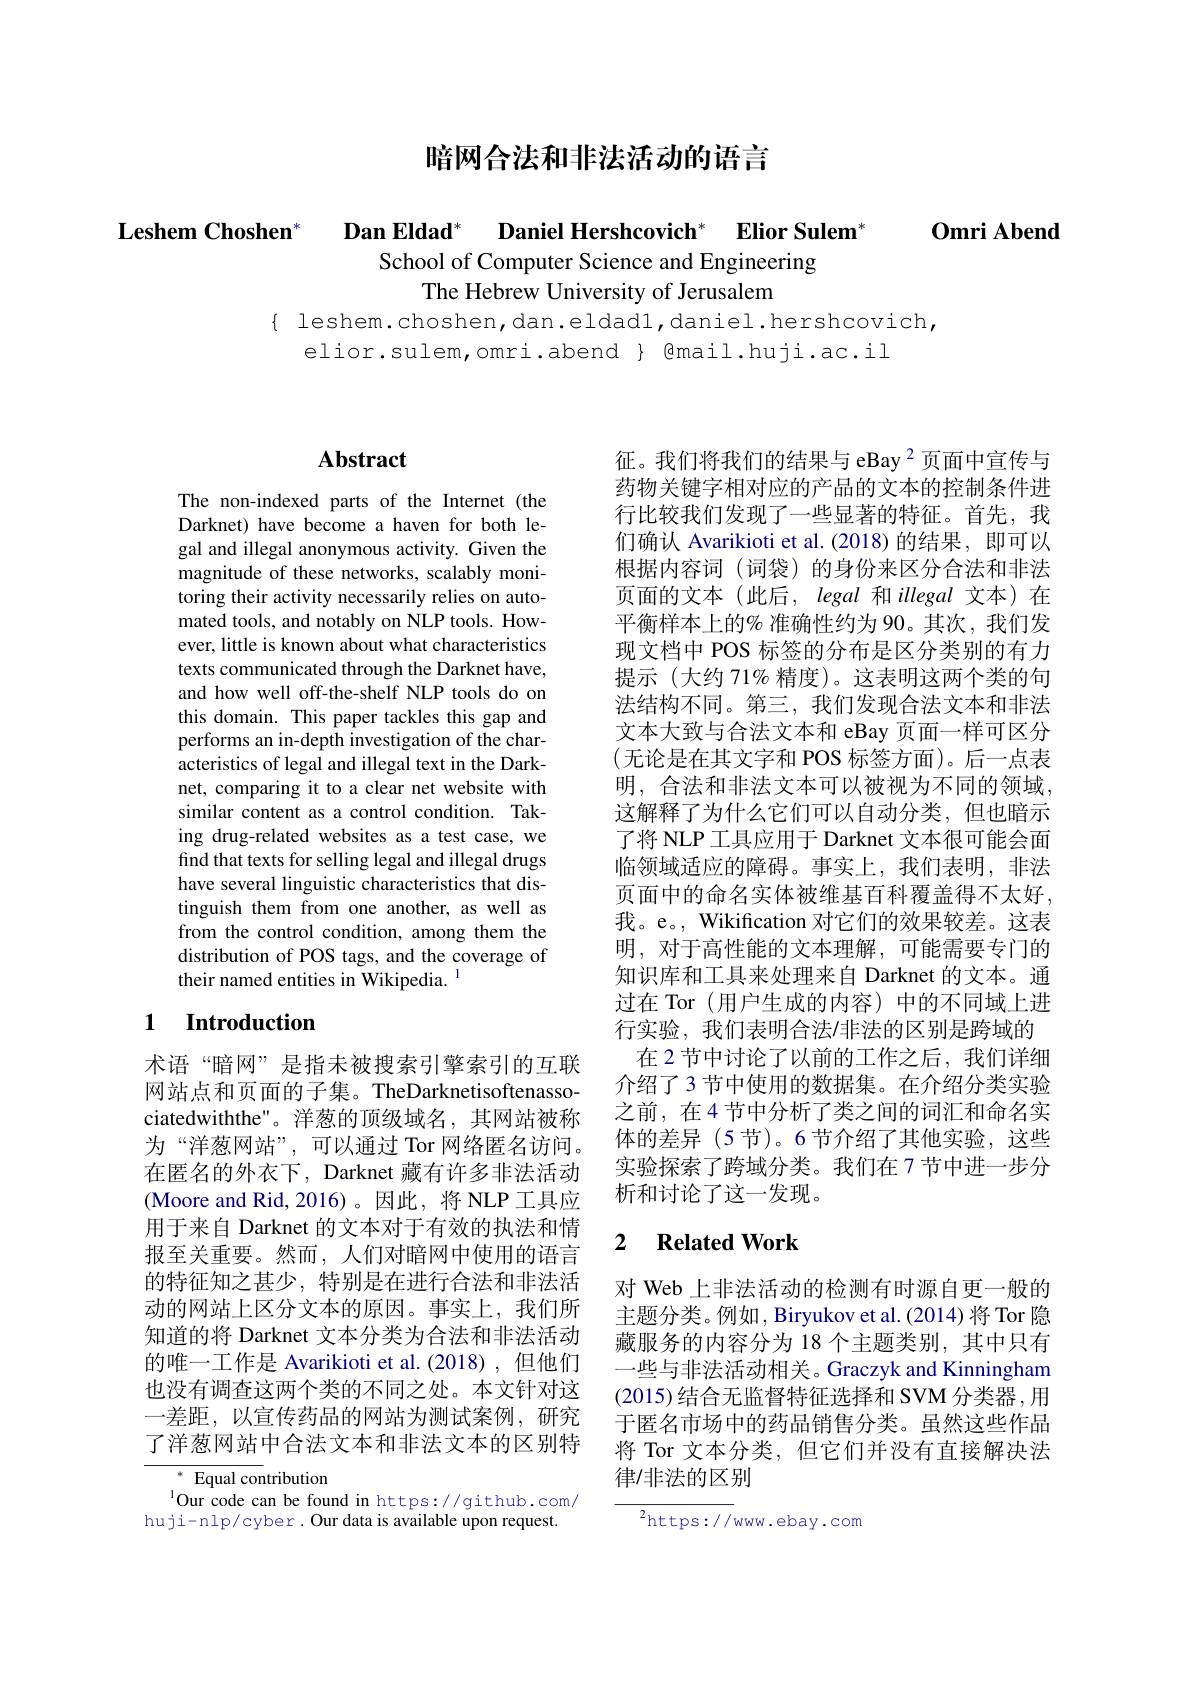
暗网合法和非法活动的语言

School of Computer Science and Engineering
The Hebrew University of Jerusalem

$\{$ leshem.choshen,dan.eldad1,daniel.hershcovich,
elior.sulem,omri.abend} Bmail.huji.ac.il

Leshem Choshen$^*$ $\textbf{Dan Eldad}^*$ $\textbf{Daniel Hershcovich}^*$ $\textbf{Elior Sulem}^*$ $\textbf{Omri Abend}$

## $\mathbf{Abstract}$

The non-indexed parts of the Internet (the Darknet) have become a haven for both legal and illegal anonymous activity. Given the magnitude of these networks, scalably monitoring their activity necessarily relies on automated tools, and notably on NLP tools. However, little is known about what characteristics texts communicated through the Darknet have, and how well off-the-shelf NLP tools do on this domain. This paper tackles this gap and performs an in-depth investigation of the characteristics of legal and illegal text in the Darknet, comparing it to a clear net website with similar content as a control condition. Taking drug-related websites as a test case, we find that texts for selling legal and illegal drugs have several linguistic characteristics that distinguish them from one another, as well as from the control condition, among them the distribution of POS tags, and the coverage of their named entities in Wikipedia. $^{1}$

### 1 Introduction

术语“暗网”是指未被搜索引擎索引的互联网站点和页面的子集。TheDarknetisoftenassociatedwiththe"。洋葱的顶级域名，其网站被称为“洋葱网站”,可以通过 Tor 网络匿名访问。在匿名的外衣下，Darknet 藏有许多非法活动(Moore and Rid,2016)。因此，将 NLP 工具应用于来自 Darknet 的文本对于有效的执法和情报至关重要。然而，人们对暗网中使用的语言的特征知之甚少，特别是在进行合法和非法活动的网站上区分文本的原因。事实上，我们所知道的将 Darknet 文本分类为合法和非法活动的唯一工作是 Avarikioti et al.(2018),但他们也没有调查这两个类的不同之处。本文针对这一差距，以宣传药品的网站为测试案例，研究了洋葱网站中合法文本和非法文本的区别特

$^{*}$Equal contribution
$^{1}$Our code can be found in https://github.com/ huji-nlp/cyber. Our data is available upon request.

征。我们将我们的结果与 eBay $^{2}$页面中宣传与药物关键字相对应的产品的文本的控制条件进行比较我们发现了一些显著的特征。首先，我们确认 Avarikioti et al.(2018)的结果，即可以根据内容词(词袋)的身份来区分合法和非法页面的文本(此后，legal 和 illegal 文本)在平衡样本上的% 准确性约为 90。其次，我们发现文档中 POS 标签的分布是区分类别的有力提示(大约 71% 精度)。这表明这两个类的句法结构不同。第三，我们发现合法文本和非法文本大致与合法文本和 eBay 页面一样可区分(无论是在其文字和 POS 标签方面)。后一点表明，合法和非法文本可以被视为不同的领域这解释了为什么它们可以自动分类，但也暗示了将 NLP 工具应用于 Darknet 文本很可能会面临领域适应的障碍。事实上，我们表明，非法页面中的命名实体被维基百科覆盖得不太好， 我。e。, Wikification 对它们的效果较差。这表明，对于高性能的文本理解，可能需要专门的知识库和工具来处理来自 Darknet 的文本。通过在 Tor (用户生成的内容)中的不同域上进行实验，我们表明合法/非法的区别是跨域的
在 2 节中讨论了以前的工作之后，我们详细介绍了 3 节中使用的数据集。在介绍分类实验之前，在4节中分析了类之间的词汇和命名实体的差异 (5 节)。6 节介绍了其他实验，这些实验探索了跨域分类。我们在 7 节中进一步分析和讨论了这一发现。

### 2 $\textbf{Related Work}$

对 Web 上非法活动的检测有时源自更一般的主题分类。例如，Biryukov et al.(2014) 将 Tor 隐藏服务的内容分为 18 个主题类别，其中只有—些与非洪活动相关。Graczvk and Kinningham (2015) 结合无监督特征选择和 SVM 分类器 ,用于匿名市场中的药品销售分类。虽然这些作品将 Tor 文本分类，但它们并没有直接解决法律/非法的区别

$^2$https://www.ebay.com